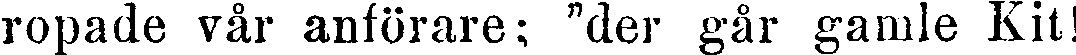
ropade vår anförare; "der går gamle Kit!